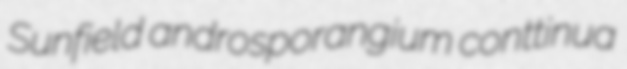
Sunfield androsporangium conttinua